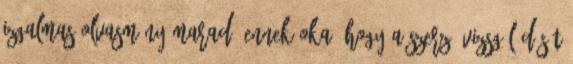
izgalmas olvasmány marad. Ennek oka, hogy a szerző vizsgálódását